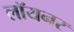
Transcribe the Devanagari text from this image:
लॉयनर